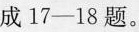
成17—18题。